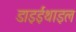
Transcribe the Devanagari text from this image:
डाइईथाइल